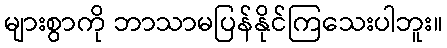
များစွာကို ဘာသာမပြန်နိုင်ကြသေးပါဘူး။